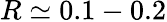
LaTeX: R\simeq 0.1-0.2